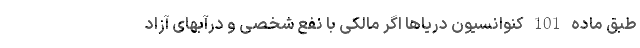
طبق ماده 101 کنوانسیون دریاها اگر مالکی با نفع شخصی و درآبهای آزاد